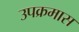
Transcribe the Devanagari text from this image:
उपक्रमास